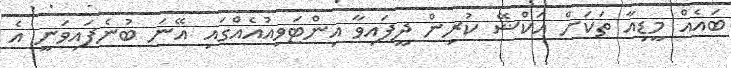
ބައެއް މީޑިއާ ތަކަށް އަކްޝޭ ކުރިން ދީފައިވާ އިންޓަވިއުއެއްގައި އޭނަ ބުނެފައިވަނީ އެ